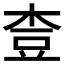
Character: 𪲓